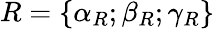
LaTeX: R=\{ \alpha_{R};\beta_{R};\gamma_{R}\}